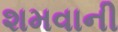
શમવાની